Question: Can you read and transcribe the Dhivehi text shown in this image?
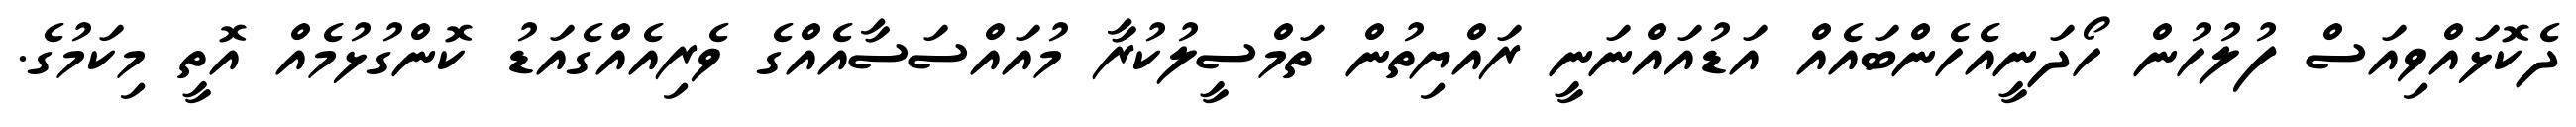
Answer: ދެކޮޅައްވިއަސް ފުލުހުން ހޯދަނީއެހެންބައެއް އަޑުއައްނަނީ ރައްޔިތުން ތަމްސީލުކުރާ މުއައްސަސާއެއްގެ ވެރިއެއްގެއަޑު ކޮންގުޅުމެއް އޮތީ މިކަމުގެ.